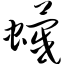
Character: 蠛